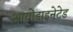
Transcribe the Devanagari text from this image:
आयोडाइनेटेड